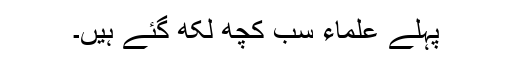
پہلے علماء سب کچھ لکھ گئے ہیں۔